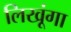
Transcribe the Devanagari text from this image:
लिखूंगा